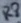
Text: R8